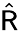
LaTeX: \hat{\sf R}